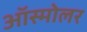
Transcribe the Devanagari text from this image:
ऑस्मोलर